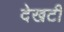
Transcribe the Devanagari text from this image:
देखटी